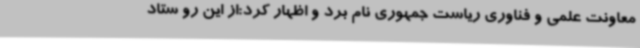
معاونت علمی و فناوری ریاست جمهوری نام برد و اظهار کرد:از این رو ستاد